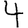
Digit: 4